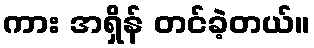
ကား အရှိန် တင်ခဲ့တယ်။